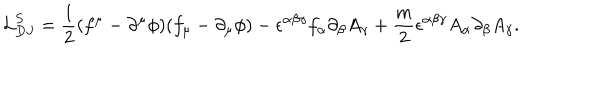
{ \cal { L } } _ { D J } ^ { S } = \frac { 1 } { 2 } ( f ^ { \mu } - \partial ^ { \mu } \phi ) ( f _ { \mu } - \partial _ { \mu } \phi ) - \epsilon ^ { \alpha \beta \gamma } f _ { \alpha } \partial _ { \beta } A _ { \gamma } + \frac { m } { 2 } \epsilon ^ { \alpha \beta \gamma } A _ { \alpha } \partial _ { \beta } A _ { \gamma } .